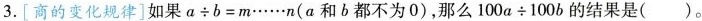
3. [商的变化规律]如果$$a \div b = m · · · · · · n$$(a和b都不为0)，那么$$1 0 0 a \div 1 0 0 b$$的结果是( )。